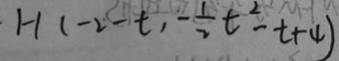
1 - 1 ( - 2 - t , - \frac { 1 } { 2 } t ^ { 2 } - t + 4 )